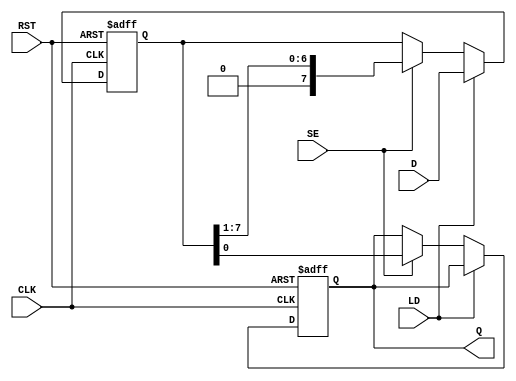
module PISO_Register #(
    parameter WIDTH = 8  // Parameter to define the width of the register
)(
    input wire [WIDTH-1:0] D,   // Parallel data input
    input wire SE,               // Shift Enable
    input wire LD,               // Load
    input wire CLK,              // Clock
    input wire RST,              // Reset
    output reg Q                // Serial output
);

    reg [WIDTH-1:0] shift_reg;   // Shift register to hold the data

    always @(posedge CLK or posedge RST) begin
        if (RST) begin
            shift_reg <= {WIDTH{1'b0}}; // Clear the shift register
            Q <= 1'b0;                 // Clear the serial output
        end else begin
            if (LD) begin
                shift_reg <= D;        // Load parallel data into the shift register
            end else if (SE) begin
                Q <= shift_reg[0];     // Output the LSB to Q
                shift_reg <= {1'b0, shift_reg[WIDTH-1:1]}; // Shift right
            end
        end
    end

endmodule